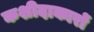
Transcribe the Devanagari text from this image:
कशीदाकारों